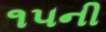
૧૫ની